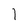
Character: 1